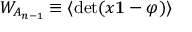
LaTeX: W _ { A _ { n - 1 } } \equiv \langle \mathrm { d e t } ( x { \bf 1 } - \varphi ) \rangle